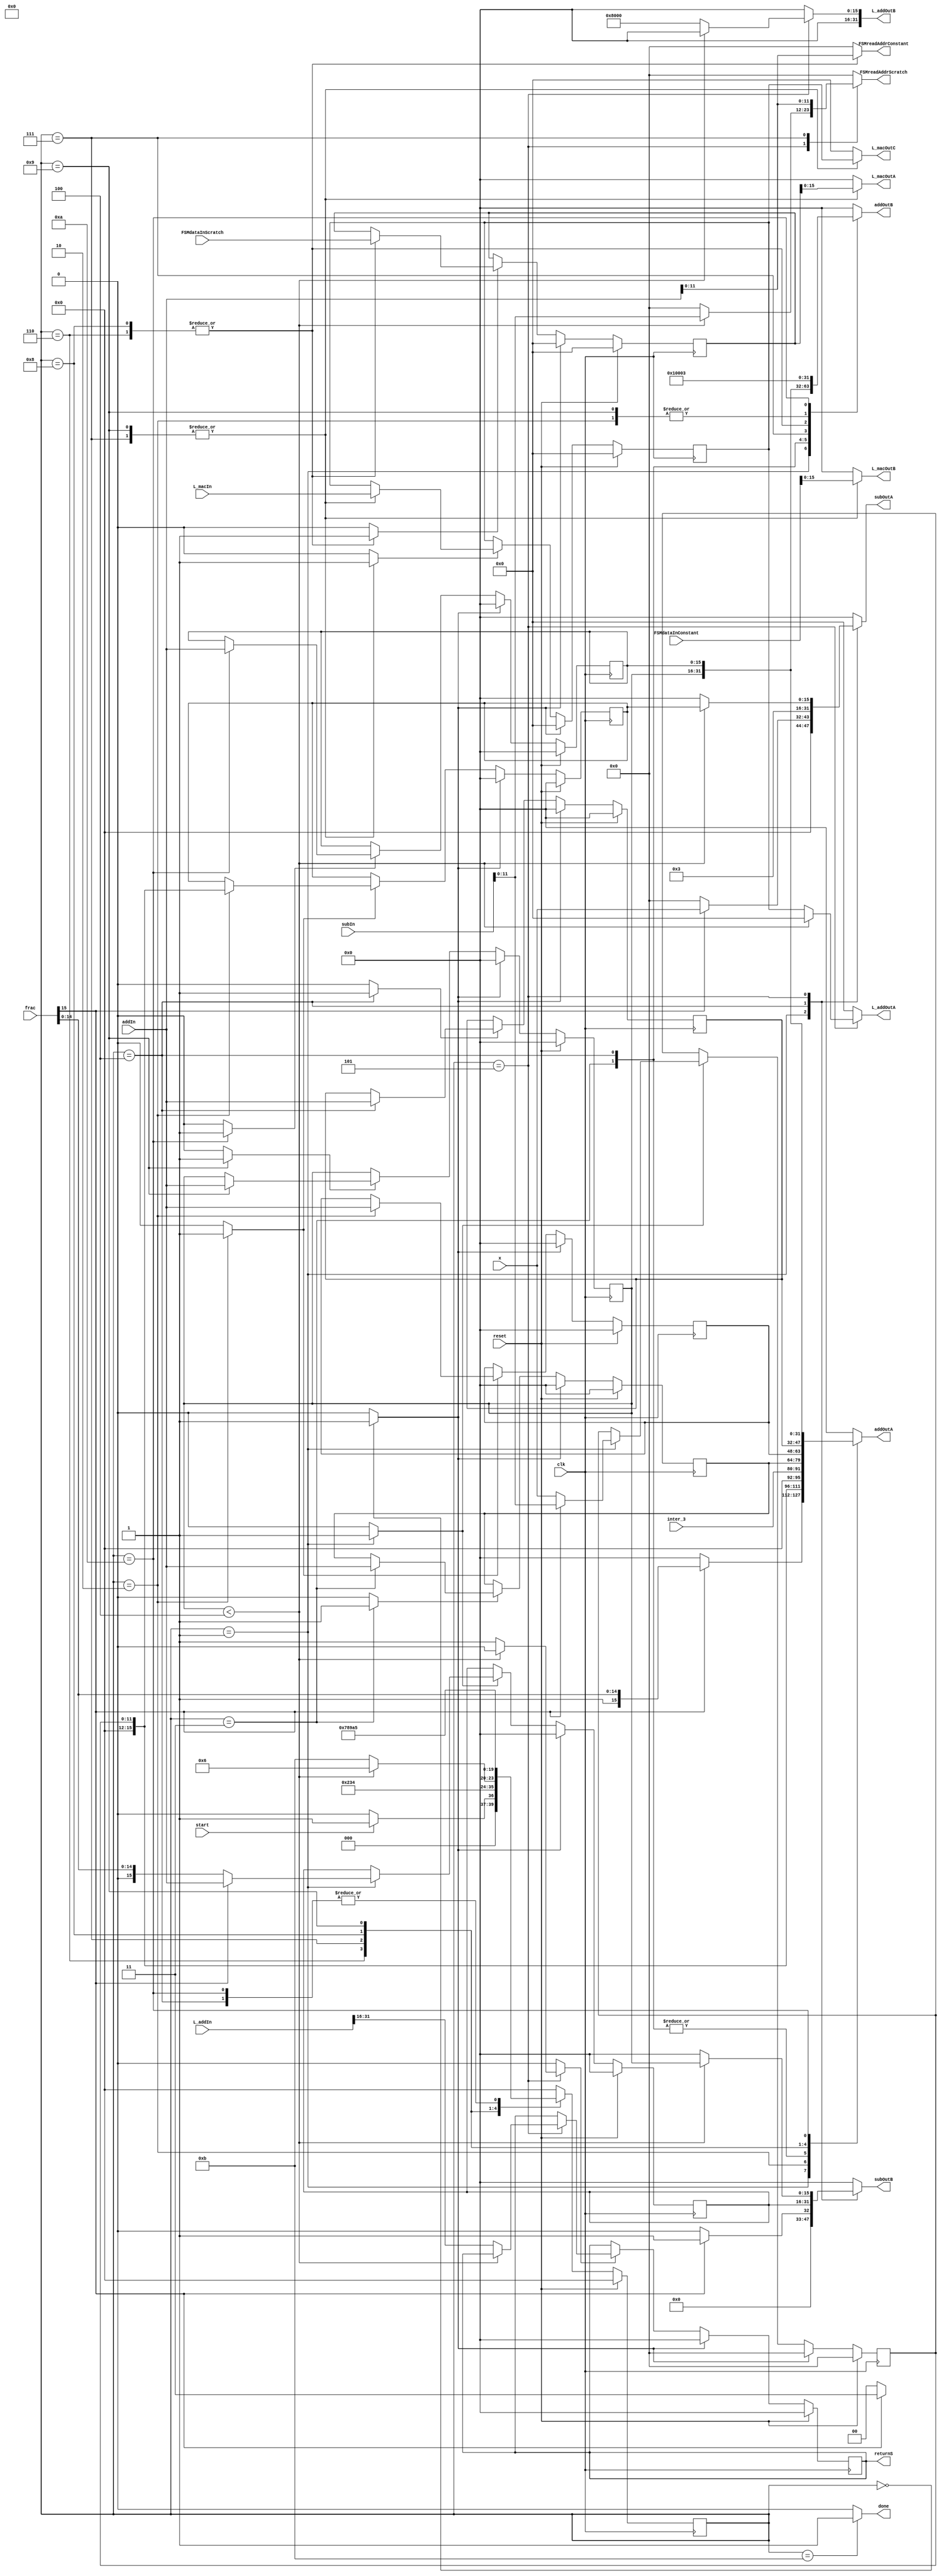
`timescale 1ns / 1ps
//////////////////////////////////////////////////////////////////////////////////
// Company: 
// Engineer: 
// 
// Design Name: 
// Module Name:    Interpol_3 
// Project Name: 
// Target Devices: 
// Tool versions: 
// Description: 
//
// Dependencies: 
//
// Revision: 
// Revision 0.01 - File Created
// Additional Comments: 
//
//////////////////////////////////////////////////////////////////////////////////
module Interpol_3(
	input clk,
	input reset,
	input start,
	input [11:0] x,
	input [15:0] frac,
	input [11:0] inter_3,
	input [15:0] addIn,
	input [15:0] subIn,
	input [31:0] L_addIn,
	input [31:0] L_macIn,
	input [31:0] FSMdataInScratch,
	input [31:0] FSMdataInConstant,	
	
	output reg [15:0] addOutA,
	output reg [15:0] addOutB,
	output reg [15:0] subOutA,
	output reg [15:0] subOutB,
	output reg [31:0] L_addOutA,
	output reg [31:0] L_addOutB,
	output reg [15:0] L_macOutA,
	output reg [15:0] L_macOutB,
	output reg [31:0] L_macOutC,
	output reg [11:0] FSMreadAddrScratch,
	output reg [11:0] FSMreadAddrConstant,
	output reg [15:0] returnS,
	output reg done
   );

	parameter S0_INIT = 'd0;
	parameter S1_IF = 'd1;
	parameter S2_X = 'd2;
	parameter S3_C1 = 'd3;
	parameter S4_C2 = 'd4;
	parameter S5_FOR = 'd5;
	parameter S6_LMAC1_A = 'd6;
	parameter S7_LMAC1_B = 'd7;
	parameter S8_LMAC2_A = 'd8;
	parameter S9_LMAC2_B = 'd9;
	parameter S10_INC = 'd10;
	parameter S11_DONE = 'd11;
	parameter L_INTER4 = 'd4;
	parameter UP_SAMP = 'd3;
	
	reg [3:0] state, nextstate;
	reg [11:0] X, nextX;
	reg resetX, ldX;
	reg [15:0] FRAC, nextFRAC;
	reg resetFRAC, ldFRAC;
	reg [15:0] I, nextI;
	reg resetI, ldI;
	reg [15:0] K, nextK;
	reg resetK, ldK;
	reg [15:0] X1, nextX1;
	reg resetX1, ldX1;
	reg [15:0] X2, nextX2;
	reg resetX2, ldX2;
	reg [15:0] C1, nextC1;
	reg resetC1, ldC1;
	reg [15:0] C2, nextC2;
	reg resetC2, ldC2;
	reg [31:0] S, nextS;
	reg resetS, ldS;
	reg [15:0] nextreturnS;
	reg resetreturnS, ldreturnS;
	reg [31:0] TEMP, nextTEMP;
	reg resetTEMP, ldTEMP;

	//Flops
	always @ (posedge clk)
	begin
		if (reset)
			state <= 0;
		else
			state <= nextstate;
	end
	
	always @ (posedge clk)
	begin
		if (reset)
			X <= 0;
		else if (resetX)
			X <= 0;
		else if (ldX)
			X <= nextX;
	end
	
	always @ (posedge clk)
	begin
		if (reset)
			FRAC <= 0;
		else if (resetFRAC)
			FRAC <= 0;
		else if (ldFRAC)
			FRAC <= nextFRAC;
	end

	always @ (posedge clk)
	begin
		if (reset)
			I <= 0;
		else if (resetI)
			I <= 0;
		else if (ldI)
			I <= nextI;
	end
	
	always @ (posedge clk)
	begin
		if (reset)
			K <= 0;
		else if (resetK)
			K <= 0;
		else if (ldK)
			K <= nextK;
	end
	
	always @ (posedge clk)
	begin
		if (reset)
			X1 <= 0;
		else if (resetX1)
			X1 <= 0;
		else if (ldX1)
			X1 <= nextX1;
	end
	
	always @ (posedge clk)
	begin
		if (reset)
			X2 <= 0;
		else if (resetX2)
			X2 <= 0;
		else if (ldX2)
			X2 <= nextX2;
	end
	
	always @ (posedge clk)
	begin
		if (reset)
			C1 <= 0;
		else if (resetC1)
			C1 <= 0;
		else if (ldC1)
			C1 <= nextC1;
	end
	
	always @ (posedge clk)
	begin
		if (reset)
			C2 <= 0;
		else if (resetC2)
			C2 <= 0;
		else if (ldC2)
			C2 <= nextC2;
	end
	
	always @ (posedge clk)
	begin
		if (reset)
			S <= 0;
		else if (resetS)
			S <= 0;
		else if (ldS)
			S <= nextS;
	end
	
	always @ (posedge clk)
	begin
		if (reset)
			returnS <= 0;
		else if (resetreturnS)
			returnS <= 0;
		else if (ldreturnS)
			returnS <= nextreturnS;
	end
	
	always @ (posedge clk)
	begin
		if (reset)
			TEMP <= 0;
		else if (resetTEMP)
			TEMP <= 0;
		else if (ldTEMP)
			TEMP <= nextTEMP;
	end
	
	always @ (*)
	begin
		//set outputs to default
		nextstate = state;
		nextX = X;
		nextFRAC = FRAC;
		nextI = I;
		nextK = K;
		nextX1 = X1;
		nextX2 = X2;
		nextC1 = C1;
		nextC2 = C2;
		nextS = S;
		nextreturnS = returnS;
		nextTEMP = TEMP;
		resetX = 0;
		resetFRAC = 0;
		resetI = 0;
		resetK = 0;
		resetX1 = 0;
		resetX2 = 0;
		resetC1 = 0;
		resetC2 = 0;
		resetS = 0;
		resetreturnS = 0;
		resetTEMP = 0;
		ldX = 0;
		ldFRAC = 0;
		ldI = 0;
		ldK = 0;
		ldX1 = 0;
		ldX2 = 0;
		ldC1 = 0;
		ldC2 = 0;
		ldS = 0;
		ldreturnS = 0;
		ldTEMP = 0;
		addOutA = 0;
		addOutB = 0;
		subOutA = 0;
		subOutB = 0;
		L_addOutA = 0;
		L_addOutB = 0;
		L_macOutA = 0;
		L_macOutB = 0;
		L_macOutC = 0;
		FSMreadAddrScratch = 12'b0;
		FSMreadAddrConstant = 0;
		done = 0;
		case (state)
			S0_INIT:
			begin
				//reset flops
				resetX = 1;
				resetFRAC = 1;
				resetI = 1;
				resetK = 1;
				resetX1 = 1;
				resetX2 = 1;
				resetC1 = 1;
				resetC2 = 1;
				resetS = 1;
				resetreturnS = 1;
				resetTEMP = 1;
				if (start)
				begin
					nextstate = S1_IF;
				end
				else
					nextstate = S0_INIT;
			end
			S1_IF:
			begin
				if (frac[15] == 1)
				begin
					addOutA = frac;
					addOutB = UP_SAMP;
					nextFRAC = addIn;
					ldFRAC = 1;
					subOutA = x;
					subOutB = 'd1;
					nextX = subIn;
					ldX = 1;
				end
				else
				begin
					nextFRAC = frac;
					ldFRAC = 1;
					nextX = x;
					ldX = 1;
				end
				nextstate = S2_X;
			end
			S2_X:
			begin
				nextX1 = X;
				ldX1 = 1;
				addOutA = X;
				addOutB = 1;
				nextX2 = addIn;
				ldX2 = 1;
				nextstate = S3_C1;				
			end
			S3_C1:
			begin
				addOutA = inter_3;
				addOutB = FRAC;
				nextC1 = addIn;
				ldC1 = 1;
				nextstate = S4_C2;				
			end
			S4_C2:
			begin
				subOutA = UP_SAMP;
				subOutB = FRAC;
				addOutA = inter_3;
				addOutB = subIn;
				nextC2 = addIn;
				ldC2 = 1;
				nextstate = S5_FOR;				
			end
			S5_FOR:
			begin
				if (I < L_INTER4)
				begin
					subOutA = X1;
					subOutB = I;
					FSMreadAddrScratch = subIn;
					nextstate = S6_LMAC1_A;
				end
				else
				begin
					L_addOutA = S;
					L_addOutB = 'h00008000;
					nextreturnS = L_addIn[31:16];
					ldreturnS = 1;
					nextstate = S11_DONE;
				end
			end
			S6_LMAC1_A:
			begin
				addOutA = C1;
				addOutB = K;
				FSMreadAddrConstant = addIn;
				nextTEMP = FSMdataInScratch;
				ldTEMP = 1;
				nextstate = S7_LMAC1_B;
			end
			S7_LMAC1_B:
			begin
				addOutA = X2;
				addOutB = I;
				FSMreadAddrScratch = addIn;
				L_macOutA = TEMP;
				L_macOutB = FSMdataInConstant;
				L_macOutC = S;
				nextS = L_macIn;
				ldS = 1;
				nextstate = S8_LMAC2_A;
			end
			S8_LMAC2_A:
			begin
				addOutA = C2;
				addOutB = K;
				FSMreadAddrConstant = addIn;
				nextTEMP = FSMdataInScratch;
				ldTEMP = 1;
				nextstate = S9_LMAC2_B;
			end
			S9_LMAC2_B:
			begin
				L_macOutA = TEMP;
				L_macOutB = FSMdataInConstant;
				L_macOutC = S;
				nextS = L_macIn;
				ldS = 1;
				addOutA = I;
				addOutB = 'd1;
				nextI = addIn;
				ldI = 1;
				nextstate = S10_INC;
			end
			S10_INC:
			begin
				addOutA = K;
				addOutB = UP_SAMP;
				nextK = addIn;
				ldK = 1;
				nextstate = S5_FOR;
			end			
			S11_DONE:
			begin
				nextstate = S0_INIT;
				done = 1;
			end
			default:
				nextstate = S0_INIT;
		endcase
	end
endmodule